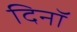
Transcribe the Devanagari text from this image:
दिनॉ